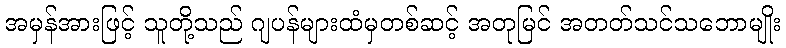
အမှန်အားဖြင့် သူတို့သည် ဂျပန်များထံမှတစ်ဆင့် အတုမြင် အတတ်သင်သဘောမျိုး